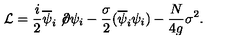
{ \cal L } = \frac { i } 2 \overline { \psi } _ { i } \not \! \partial \psi _ { i } - \frac { \sigma } 2 ( \overline { \psi } _ { i } \psi _ { i } ) - \frac { N } { 4 g } \sigma ^ { 2 } .